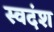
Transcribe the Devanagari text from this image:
स्वदंश